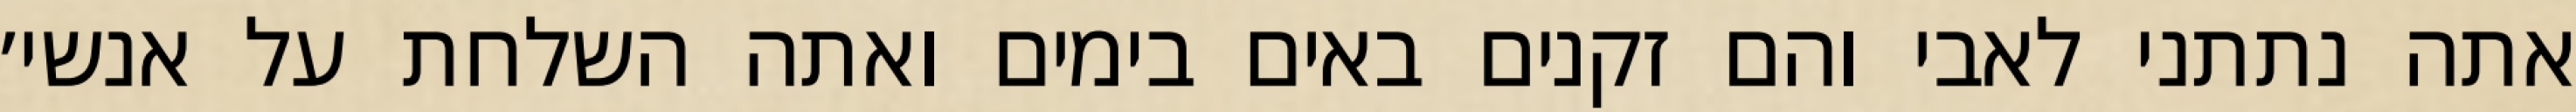
אתה נתתני לאבי והם זקנים באים בימים ואתה השלחת על אנשי׳